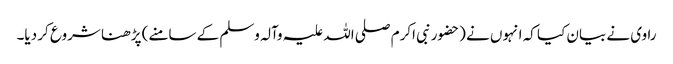
راوی نے بیان کیا کہ انہوں نے (حضورنبی اکرم صلی اللہ علیہ وآلہ وسلم کے سامنے) پڑھنا شروع کر دیا۔